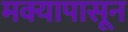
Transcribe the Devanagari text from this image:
मक्यापासून